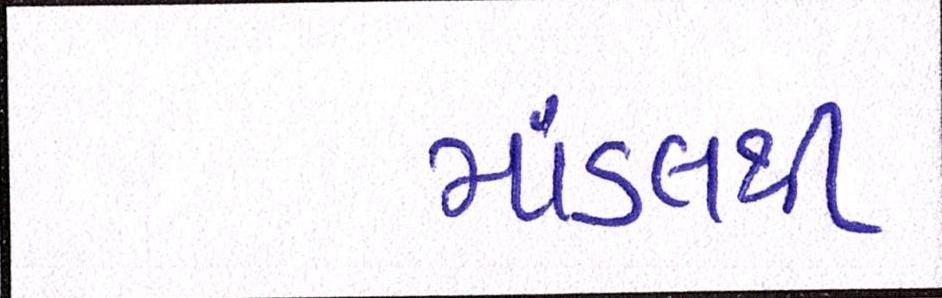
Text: માંડલથી